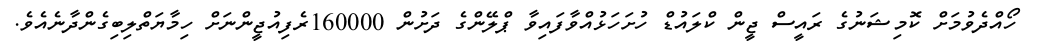
ހޯއްދެވުމަށް ކޮމިޝަނުގެ ރައީސް ޖީން ކްލައުޑް ހުށަހަޅުއްވާފައިވާ ޕްލޭންގެ ދަށުން 160000ރެފިއުޖީންނަށް ހިމާޔަތްލިބިގެންދާނެއެވެ.